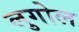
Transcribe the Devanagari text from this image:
लुगोल